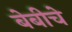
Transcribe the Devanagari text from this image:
बेबीचे